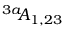
^ { 3 a \! \! } { \cal A } _ { 1 , 2 3 }